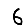
Digit: 6